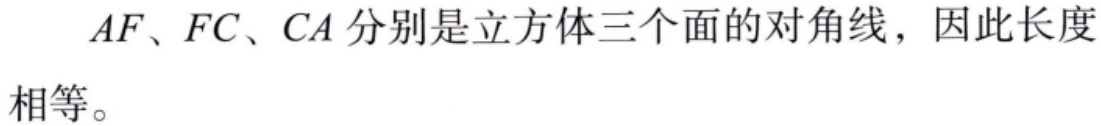
$AF、FC、CA$分别是立方体三个面的对角线，因此长度相等。